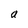
Character: a